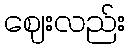
ဈေးလည်း